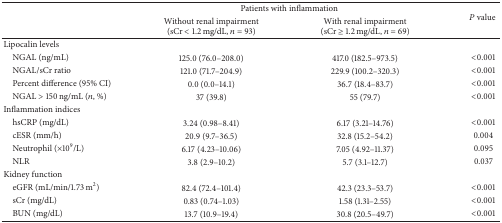
|  | <COLSPAN=2> Patients with inflammation | <ROWSPAN=2> P value |
 |  | Without renal impairment(sCr < 1.2 mg/dL, n = 93) | With renal impairment(sCr ≥ 1.2 mg/dL, n = 69) |
 | --- | --- | --- | --- |
 | Lipocalin levels |  |  |  |
 | NGAL (ng/mL) | 125.0 (76.0–208.0) | 417.0 (182.5–973.5) | <0.001 |
 | NGAL/sCr ratio | 121.0 (71.7–204.9) | 229.9 (100.2–320.3) | <0.001 |
 | Percent difference (95% CI) | 0.0 (0.0–14.1) | 36.7 (18.4–83.7) | <0.001 |
 | NGAL > 150 ng/mL (n, %) | 37 (39.8) | 55 (79.7) | <0.001 |
 | Inflammation indices |  |  |  |
 | hsCRP (mg/dL) | 3.24 (0.98–8.41) | 6.17 (3.21–14.76) | <0.001 |
 | cESR (mm/h) | 20.9 (9.7–36.5) | 32.8 (15.2–54.2) | 0.004 |
 | Neutrophil (×109/L) | 6.17 (4.23–10.06) | 7.05 (4.92–11.37) | 0.095 |
 | NLR | 3.8 (2.9–10.2) | 5.7 (3.1–12.7) | 0.037 |
 | Kidney function |  |  |  |
 | eGFR (mL/min/1.73 m2) | 82.4 (72.4–101.4) | 42.3 (23.3–53.7) | <0.001 |
 | sCr (mg/dL) | 0.83 (0.74–1.03) | 1.58 (1.31–2.55) | <0.001 |
 | BUN (mg/dL) | 13.7 (10.9–19.4) | 30.8 (20.5–49.7) | <0.001 |